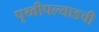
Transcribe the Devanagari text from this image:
पृथ्वीपल्याडची